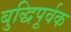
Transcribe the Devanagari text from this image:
बुद्धिपूर्वक